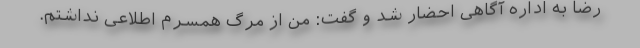
رضا به اداره آگاهی احضار شد و گفت: من از مرگ همسرم اطلاعی نداشتم.